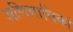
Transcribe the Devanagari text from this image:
अणिमाधिकां